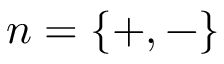
n = \{ + , - \}